Tezpur Lunatic Asylum reports 1895-1904 - 1895-1904
Year: 1895
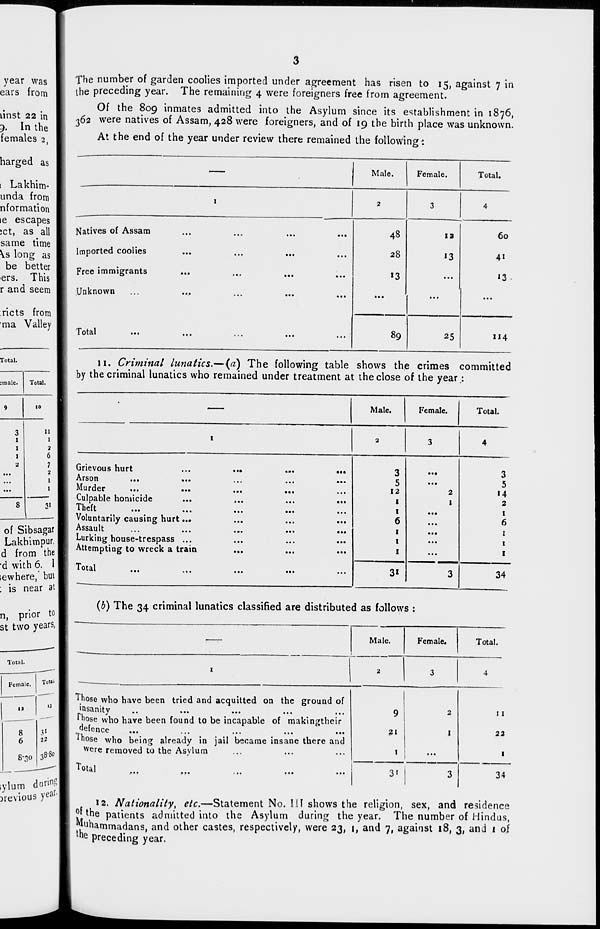
year was
ears from
linst 22 in
5. In the
females 2,
harged as
1 Lakhim*
unda from
nformation
le escapes
;ct, as all
same time
\s long as
be better
ers. This
r and seem
:ricts from
ma Valley
Total.
imale.
Total.
9
10
II
I
2
6
7
2
1
1
3»
of Sibsagar
Lakhimpur.
d from the
•d with 6. I
lewhere,' but
; is near at
n, prior to
st two years,
Total.
Female.
Total'
The number of garden coolies imported under agreement has risen to 15, against 7 in
the preceding year. The remaining 4 were foreigners free from agreement.
Of the 809 inmates admitted into the Asylum since its establishment in 1876,
362 were natives of Assam, 428 were foreigners, and of 19 the birth place was unknown.
At the end of the year under review there remained the following:
•
Male.
Female.
Total.
1
2
3
4
Natives of Assam
.
...
48
13
60
Imported coolies
...
• •
...
28
13
4*
Free immigrants
•••
i.
«•»
...
13
...
13
Unknown
•••
...
...
...
...
...
Total
...
..
...
...
89
25
114
II. Criminal lunatics.—(a) The following table shows the crimes committed
by the criminal lunatics who remained under treatment at the close of the year;
Male.
Female.
Total.
I
2
3
4
Grievous hurt
. ••
...
•••
3
3
Arson
...
...
...
5
...
5
Murder
...
...
...
12
2
14
Culpable homicide
...
...
...
1
1
2
Theft
...
...
...
1
...
1
Voluntarily causing hurt...
...
...
...
6
...
6
Assault
...
...
...
1
...
1
Lurking house-trespass ...
...
...
...
1
...
1
Attempting to wreck a train
...
...
...
1
...
I
Total
3»
3
34
(b) The 34 criminal lunatics classified are distributed as follows :
Male.
Female.
Total.
I
2
3
4
la
13 I
8
6
3 1 1
22
I
8-30 38-80 I
iylum c
Drevious
luring!
year. ■
Those who have been tried and acquitted on the ground of
msanity
..
...
Those who have been found to be incapable of makingtheir
defence
Ihose who being already in jail became insane there and
were removed to the Asvlum
Total
...
3'
34
12. Nationality, etc.—Statement No. Ill shows the religion, sex, and residence
01 the patients admitted into the Asylum during the year. The number of Hindus,
Muhammadans, and other castes, respectively, were 23, 1, and 7, against 18, 3, and 1 of
tn e preceding year.